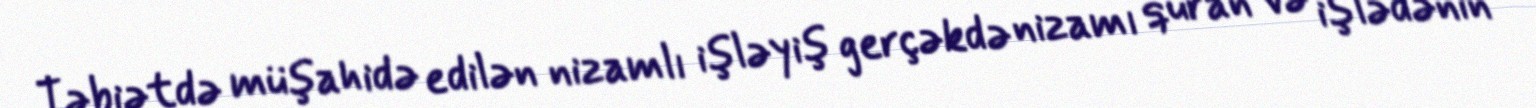
Təbiətdə müşahidə edilən nizamlı işləyiş gerçəkdə nizamı quran və işlədənin